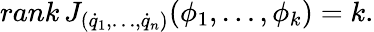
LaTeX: rank\, J_{({\dot{q}}_{1},\dots,{\dot{q}}_{n})}(\phi_{1},\dots,\phi_{k})=k.